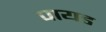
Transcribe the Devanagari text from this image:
पायड